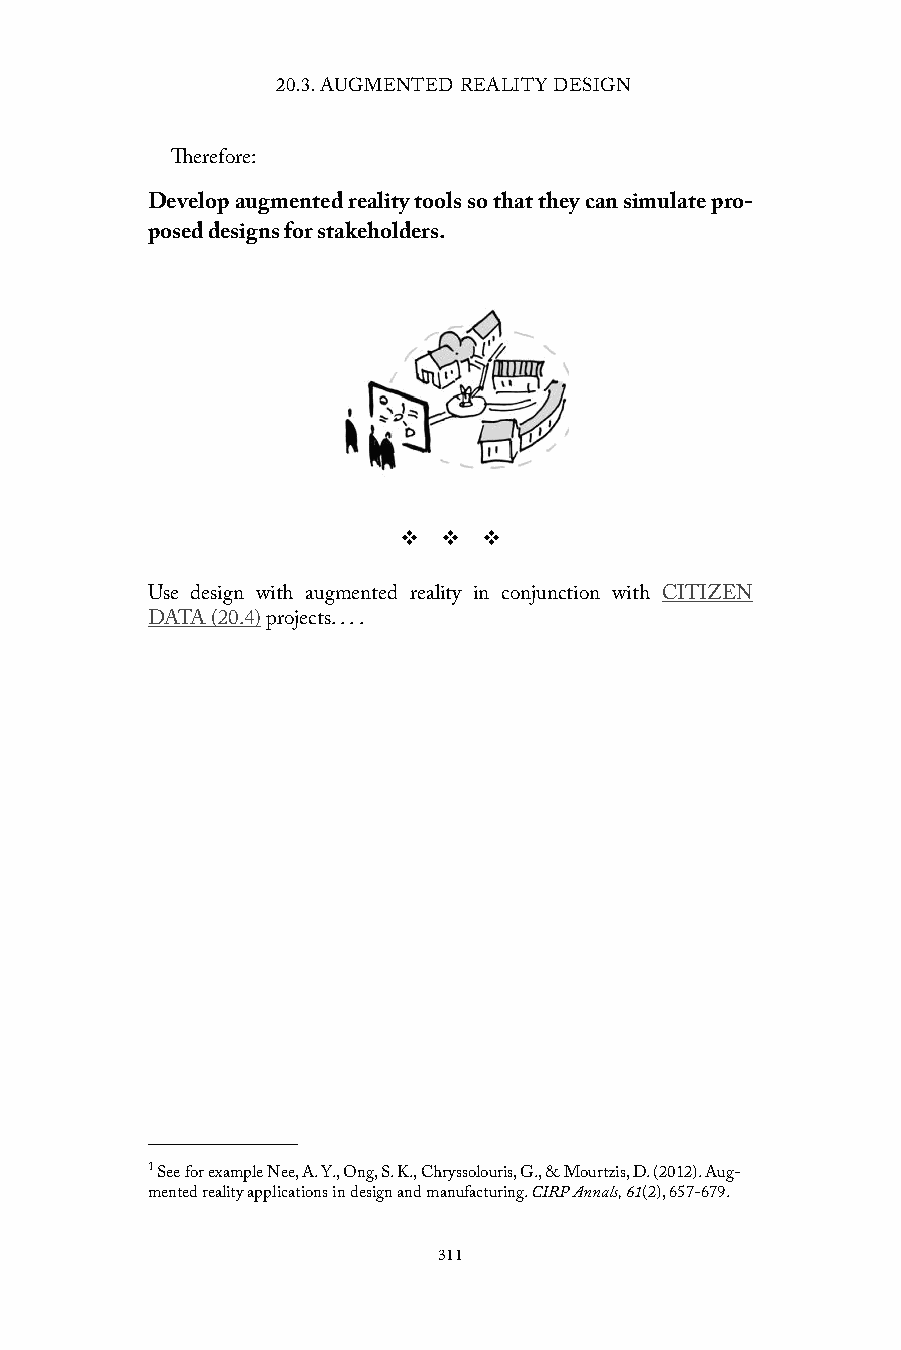
20.3. AUGMENTED REALITY DESIGN
 Therefore:
 Develop augmented reality tools so that they can simulate pro-
 posed designs for stakeholders.
 v  v  v
 Use design with augmented reality in conjunction with CITIZEN
 DATA (20.4) projects. . . .
 1 See for example Nee, A. Y., Ong, S. K., Chryssolouris, G., & Mourtzis, D. (2012). Aug-
 mented reality applications in design and manufacturing. CIRP Annals, 61(2), 657-679.
 311